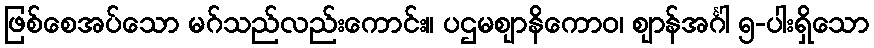
ဖြစ်စေအပ်သော မဂ်သည်လည်းကောင်း။ ပဌမဈာနိကောဝ၊ ဈာန်အင်္ဂါ ၅-ပါးရှိသော